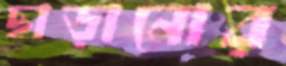
ছাড়ানোর